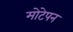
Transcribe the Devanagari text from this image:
मोटेपन